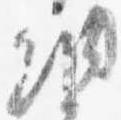
納